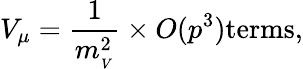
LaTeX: V_{\mu}=\frac{1}{m_{_V}^{2}}\times O(p^{3})\mathrm{terms},